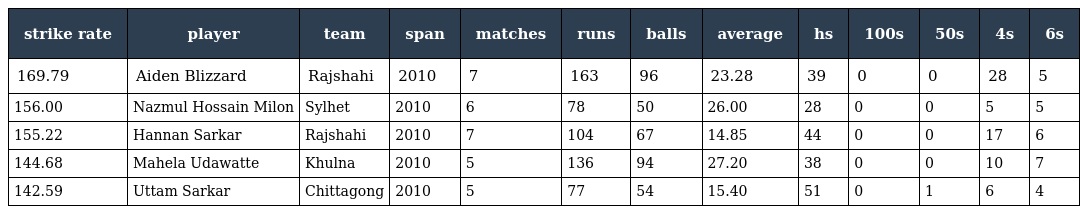
| strike rate | player | team | span | matches | runs | balls | average | hs | 100s | 50s | 4s | 6s |
 | --- | --- | --- | --- | --- | --- | --- | --- | --- | --- | --- | --- | --- |
 | 169.79 | Aiden Blizzard | Rajshahi | 2010 | 7 | 163 | 96 | 23.28 | 39 | 0 | 0 | 28 | 5 |
 | 156.00 | Nazmul Hossain Milon | Sylhet | 2010 | 6 | 78 | 50 | 26.00 | 28 | 0 | 0 | 5 | 5 |
 | 155.22 | Hannan Sarkar | Rajshahi | 2010 | 7 | 104 | 67 | 14.85 | 44 | 0 | 0 | 17 | 6 |
 | 144.68 | Mahela Udawatte | Khulna | 2010 | 5 | 136 | 94 | 27.20 | 38 | 0 | 0 | 10 | 7 |
 | 142.59 | Uttam Sarkar | Chittagong | 2010 | 5 | 77 | 54 | 15.40 | 51 | 0 | 1 | 6 | 4 |